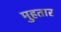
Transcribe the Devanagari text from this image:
मुहतार